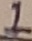
Text: 1